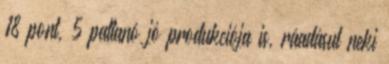
18 pont, 5 pattanó jó produkciója is, ráadásul neki